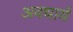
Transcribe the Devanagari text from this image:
अवधार्य